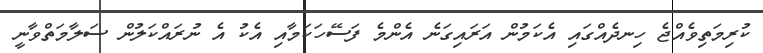
ކުރިމަތިވެއްޖެ ހިނދެއްގައި އެކަމުން އަރައިގަނެ އެންމެ ފަސޭހަކަމާއި އެކު އެ ނުރައްކަލުން ސަލާމަތްވާނީ